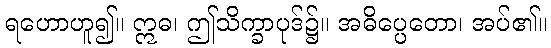
ရဟောဟူ၍။ ဣဓ၊ ဤသိက္ခာပုဒ်၌။ အဓိပ္ပေတော၊ အပ်၏။